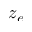
z _ { e }